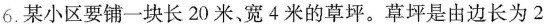
6.某小区要铺一块长20米。宽4米的草坪。草坪是由边长为2